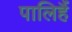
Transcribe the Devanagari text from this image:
पालिहैं